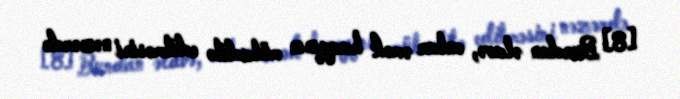
[8] Bundan əlavə, onlar əmək haqqının mübadilə edilməsini nəzərdə